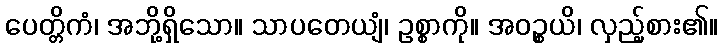
ပေတ္တိကံ၊ အဘို့ရှိသော။ သာပတေယျံ၊ ဥစ္စာကို။ အဝဉ္စယိ၊ လှည့်စား၏။